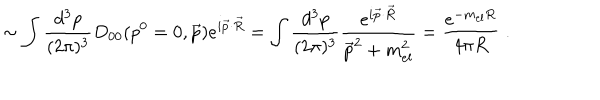
LaTeX: \sim \int \frac { d ^ { 3 } p } { ( 2 \pi ) ^ { 3 } } D _ { 0 0 } ( p ^ { 0 } = 0 , \vec { p } ) e ^ { i \vec { p } \cdot \vec { R } } = \int \frac { d ^ { 3 } p } { ( 2 \pi ) ^ { 3 } } \frac { e ^ { i \vec { p } \cdot \vec { R } } } { \vec { p } ^ { 2 } + m _ { e l } ^ { 2 } } = \frac { e ^ { - m _ { e l } R } } { 4 \pi R } \; .